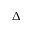
\Delta